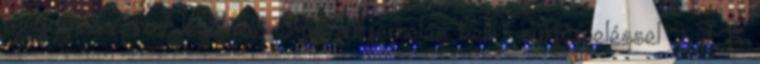
megemeléséhez legalább 3-as súlyemelés kell - súlyemeléssel 9 FK